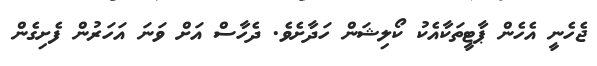
ޖެހެނީ އެހެން ޕާޓީތަކާއެކު ކޯލިޝަން ހަދާށެވެ. ދެހާސް އަށް ވަނަ އަހަރުން ފެށިގެން